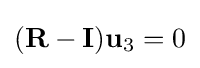
(\mathbf {R} -\mathbf {I} )\mathbf {u} _{3}=0